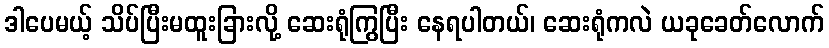
ဒါပေမယ့် သိပ်ပြီးမထူးခြားလို့ ဆေးရုံကြွပြီး နေရပါတယ်၊ ဆေးရုံကလဲ ယခုခေတ်လောက်